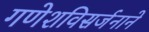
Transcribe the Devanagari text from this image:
गणेशविसर्जनाने